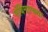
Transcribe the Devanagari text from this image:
संधिमान्यता